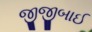
જીજીબાઈ